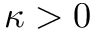
\kappa > 0